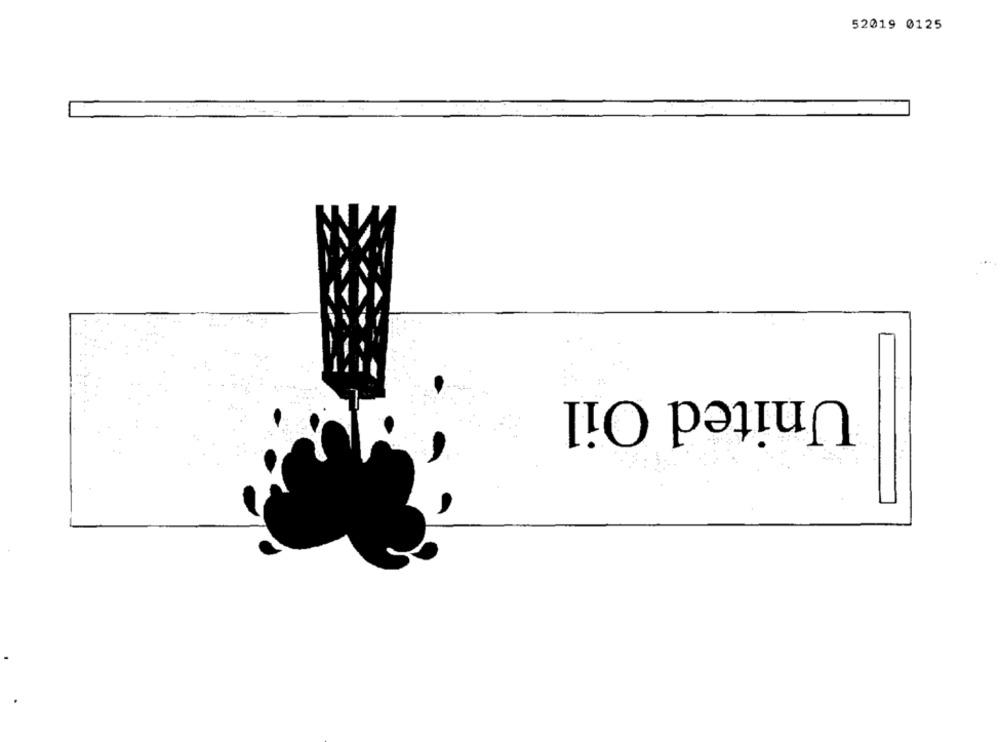
52019 0125
United Oil
-